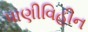
પાણીવિહીન